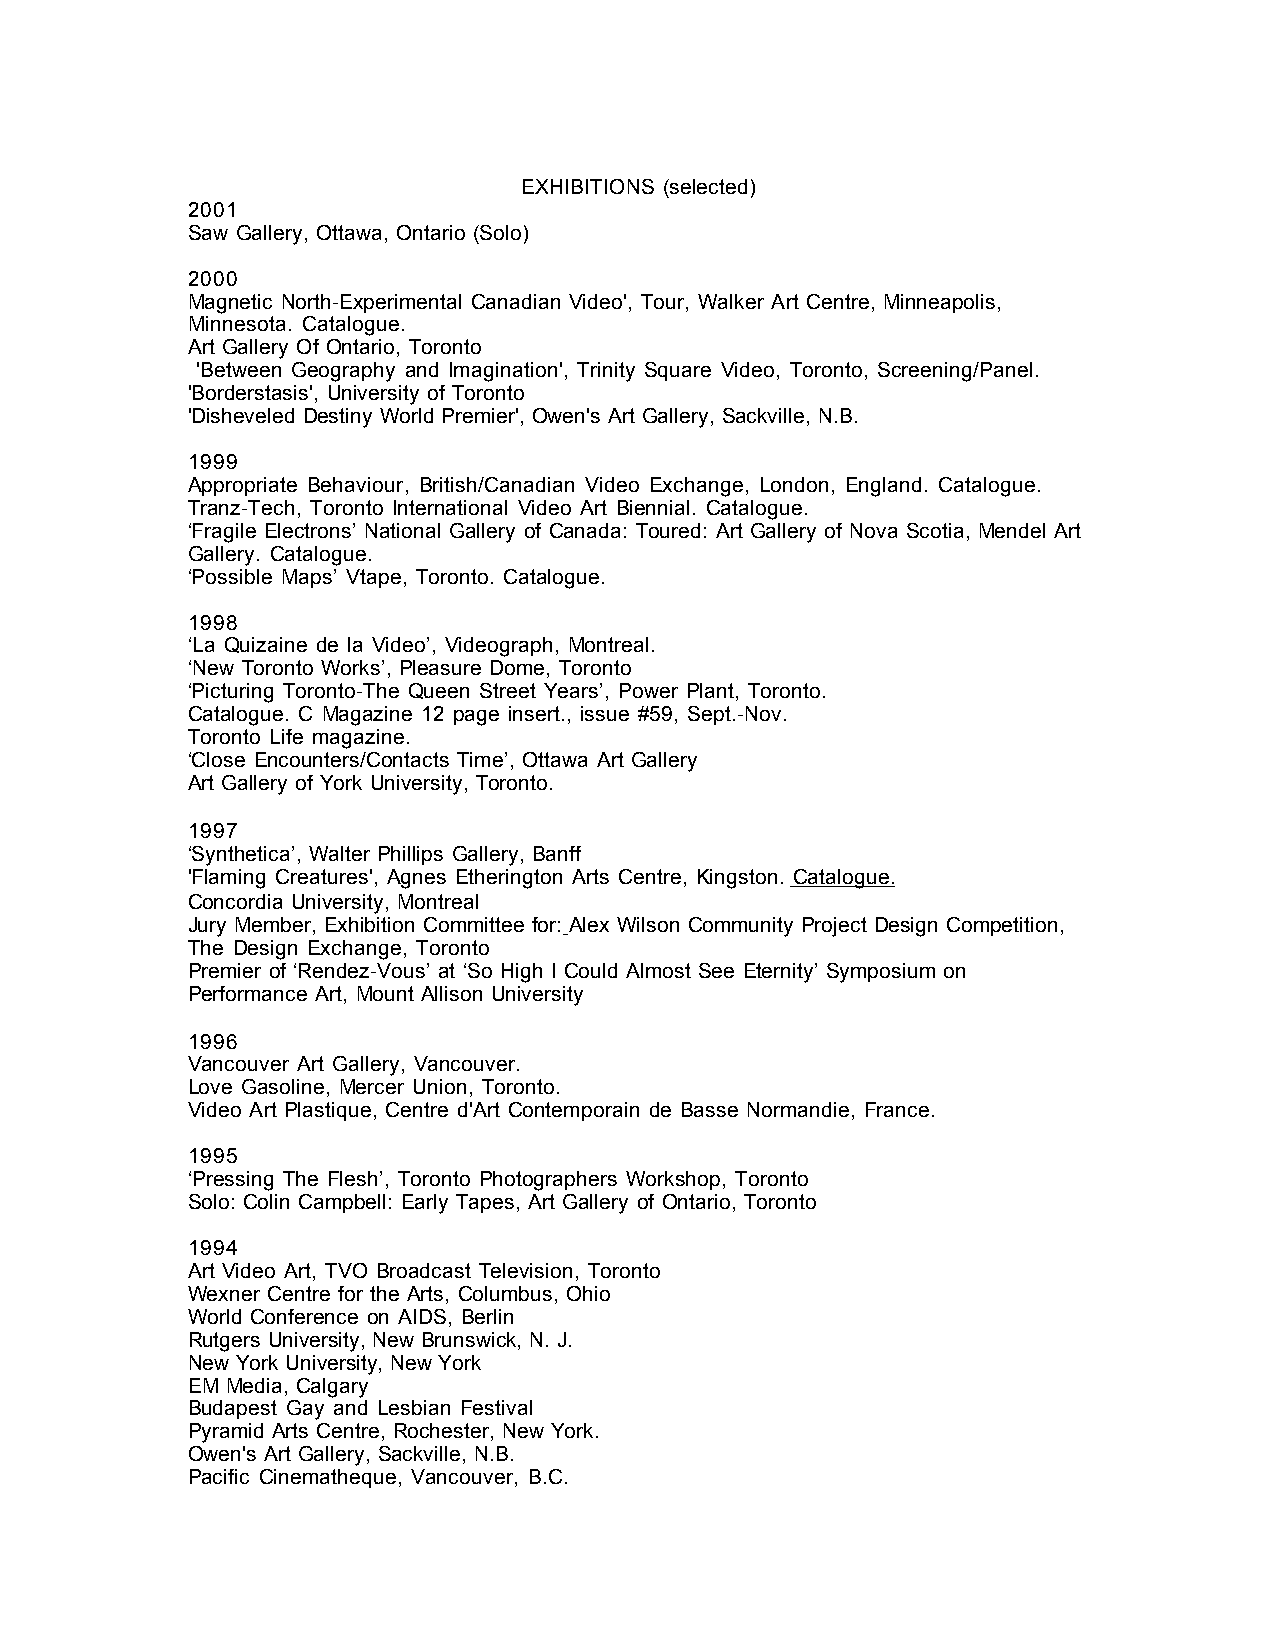
EXHIBITIONS (selected)
 2001
 Saw Gallery, Ottawa, Ontario (Solo)
 2000
 Magnetic North-Experimental Canadian Video', Tour, Walker Art Centre, Minneapolis,
 Minnesota. Catalogue.
 Art Gallery Of Ontario, Toronto
 'Between Geography and Imagination', Trinity Square Video, Toronto, Screening/Panel.
 'Borderstasis', University of Toronto
 'Disheveled Destiny World Premier', Owen's Art Gallery, Sackville, N.B.
 1999
 Appropriate Behaviour, British/Canadian Video Exchange, London, England. Catalogue.
 Tranz-Tech, Toronto International Video Art Biennial. Catalogue.
 ‘Fragile Electrons’ National Gallery of Canada: Toured: Art Gallery of Nova Scotia, Mendel Art
 Gallery. Catalogue.
 ‘Possible Maps’ Vtape, Toronto. Catalogue.
 1998
 ‘La Quizaine de la Video’, Videograph, Montreal.
 ‘New Toronto Works’, Pleasure Dome, Toronto
 ‘Picturing Toronto-The Queen Street Years’, Power Plant, Toronto.
 Catalogue. C Magazine 12 page insert., issue #59, Sept.-Nov.
 Toronto Life magazine.
 ‘Close Encounters/Contacts Time’, Ottawa Art Gallery
 Art Gallery of York University, Toronto.
 1997
 ‘Synthetica’, Walter Phillips Gallery, Banff
 'Flaming Creatures', Agnes Etherington Arts Centre, Kingston. Catalogue.
 Concordia University, Montreal
 Jury Member, Exhibition Committee for: Alex Wilson Community Project Design Competition,
 The Design Exchange, Toronto
 Premier of ‘Rendez-Vous’ at ‘So High I Could Almost See Eternity’ Symposium on
 Performance Art, Mount Allison University
 1996
 Vancouver Art Gallery, Vancouver.
 Love Gasoline, Mercer Union, Toronto.
 Video Art Plastique, Centre d'Art Contemporain de Basse Normandie, France.
 1995
 ‘Pressing The Flesh’, Toronto Photographers Workshop, Toronto
 Solo: Colin Campbell: Early Tapes, Art Gallery of Ontario, Toronto
 1994
 Art Video Art, TVO Broadcast Television, Toronto
 Wexner Centre for the Arts, Columbus, Ohio
 World Conference on AIDS, Berlin
 Rutgers University, New Brunswick, N. J.
 New York University, New York
 EM Media, Calgary
 Budapest Gay and Lesbian Festival
 Pyramid Arts Centre, Rochester, New York.
 Owen's Art Gallery, Sackville, N.B.
 Pacific Cinematheque, Vancouver, B.C.